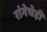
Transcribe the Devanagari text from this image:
रांगेचेही